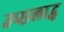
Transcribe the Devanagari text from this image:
उप्सलाद्ध